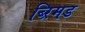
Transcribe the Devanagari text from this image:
ब्ऱिमड